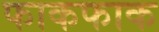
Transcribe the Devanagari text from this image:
फाकफाक